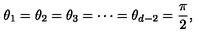
\theta _ { 1 } = \theta _ { 2 } = \theta _ { 3 } = \cdots = \theta _ { d - 2 } = \frac { \pi } { 2 } ,